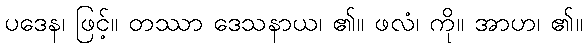
ပဒေန၊ ဖြင့်။ တဿာ ဒေသနာယ၊ ၏။ ဖလံ၊ ကို။ အာဟ၊ ၏။